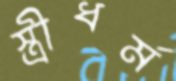
স্ত্রীধর্ম